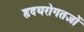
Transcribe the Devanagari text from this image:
हृदयरोगतज्ञों